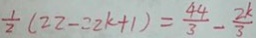
\frac { 1 } { 2 } ( 2 2 - 2 2 k + 1 ) = \frac { 4 4 } { 3 } - \frac { 2 k } { 3 }